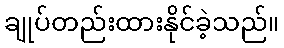
ချုပ်တည်းထားနိုင်ခဲ့သည်။